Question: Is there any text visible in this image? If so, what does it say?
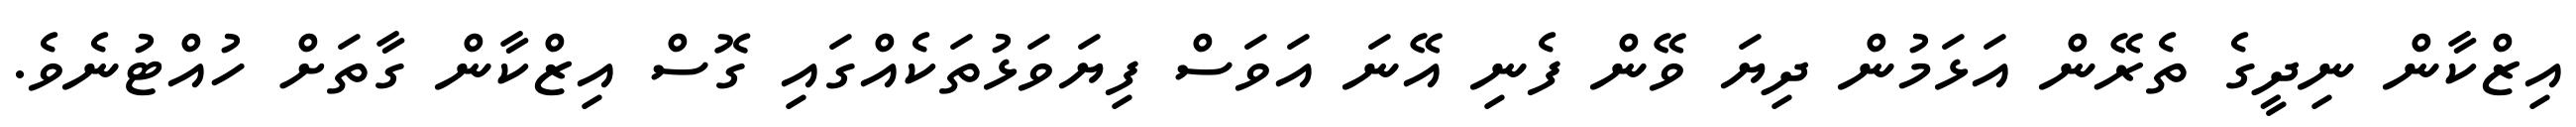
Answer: އިޒްކާން ނިދީގެ ތެރޭން އަޅަމުން ދިޔަ ވޭން ފެނި އޭނަ އަވަސް ފިޔަވަޅުތަކެއްގައި ގޮސް އިޒްކާން ގާތަށް ހުއްޓުނެވެ.